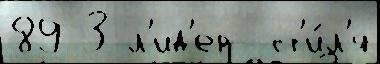
89 3 л'ид'ер- ст'и́л'я